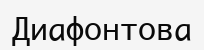
Диафонтова